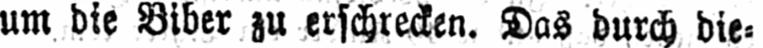
um die Biber zu erschrecken. Das durch die⸗